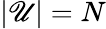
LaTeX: |\mathscr{U}|=N